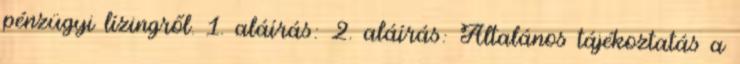
pénzügyi lízingről. 1. aláírás: 2. aláírás: Általános tájékoztatás a